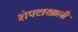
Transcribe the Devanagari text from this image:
शेपटाखाली